Report of an investigation in regard to the prevalence of stegomyia and other mosquitoes in Karachi, and the measures necessary for their control
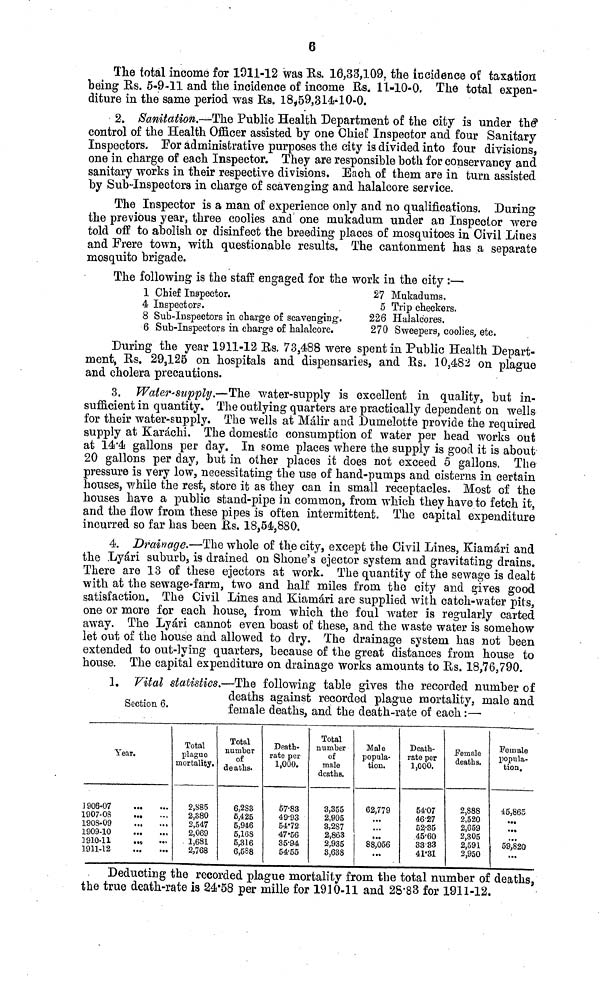
6
The total income for 1911-12 was Rs. 16,33,109, the incidence of taxation
being Rs. 5-9-11 and the incidence of income Us. 11-10-0. The total expen-
diture in the same period was Us. 18,59,314-10-0.
2. Sanitation.—The Public Health Department of the city is under the
control of the Health Officer assisted by one Chief Inspector and four Sanitary
Inspectors. For administrative purposes the city is divided into four divisions,
one in charge of each Inspector. They are responsible both for conservancy and
sanitary works in their respective divisions. Each of them are in turn assisted
by Sub-Inspectors in charge of scavenging and halalcore service.
The Inspector is a man of experience only and no qualifications. During
the previous year, three coolies and one rnukadum under an Inspector were
told off to abolish or disinfect the breeding places of mosquitoes in Civil Lines
and Frere town, with questionable results. The cantonment has a separate
mosquito brigade.
The following is the staff engaged for the work in the city :—
1
4
8
6
Chief Inspector.
Inspectors.
Sub-Inspectors in charge of scavenging.
Sub-Inspectors in charge of halalcore.
27
5
226
270
Mukadums.
Trip checkers.
Halalcores.
Sweepers, coolies, etc,
During the year 1911-12 Rs. 73,488 were spent in Public Health Depart-
ment, Us. 29,125 on hospitals and dispensaries, and Rs. 10,482 on plague
and cholera precautions.
3. Water-supply.—The water-supply is excellent in quality, but in-
sufficient in quantity. The outlying quarters are practically dependent on wells
for their water-supply. The wells at Malir and Dumelotte provide the required
supply at Karachi. The domestic consumption of water per head works out
at 14.4 gallons per day. In some places where the supply is good it is about
20 gallons per day, but in other places it does not exceed 5 gallons. The
pressure is very low, necessitating the use of hand-pumps and cisterns in certain
houses, while the rest, store it as they can in small receptacles. Most of the
houses have a public stand-pipe in common, from which they have to fetch it,
and the flow from these pipes is often intermittent. The capital expenditure
incurred so far has been Rs. 18,54,880.
4. Drainage.—The whole of the city, except the Civil Lines, Kiamari and
the Lyari suburb, is drained on Shone's ejector system and gravitating drains.
There are 13 of these ejectors at work* The quantity of the sewage is dealt
with at the sewage-farm, two and half miles from the city and gives good
satisfaction. The Civil Lines and Kiamari are supplied with catch-water pits,
one or more for each house, from which the foul water is regularly carted
away. The Lyari cannot even boast of these, and the waste water is somehow
let out of the house and allowed to dry. The drainage system has not been
extended to out-lying quarters, because of the great distances from house to
house. The capital expenditure on drainage works amounts to Rs. 18,76,790.
Section 6.
1. Vital statistics.—The following table gives the recorded number of
deaths against recorded plague mortality, male and
female deaths, and the death-rate of each:—
Year.
1906-07
1907-08
1908-09
1909-10
1910-11
...
1911-12
Total
plague
mortality.
2,885
2,380
2,547
2,069
1,681
2,768
Total
number
of
deaths.
6,2S3
6,425
5,946
5,168
5,316
6,588
Death-
rate per
1,000.
57.83
49.93
54.72
47.56
35.94
54.55
Total
number
of
male
deaths.
3,355
2,905
3,287
2,863
2,935
3,638
Male
popula-
tion.
62,779
• • •
• • •
• •
•
88,056
...
Death-
rate per
1,000.
54.07
46.27
52.35
45.60
3333
41.31
Female
deaths
2,888
2,520
2,659
2,305
2,591
2,950
Fern ale
popula-
tion.
45,865
•••
• • •
...
59,820
...
Deducting the recorded plague mortality from the total number of deaths,
the true death-rate is 24.58 per mille for 1910-11 and 28.83 for 1911-12.